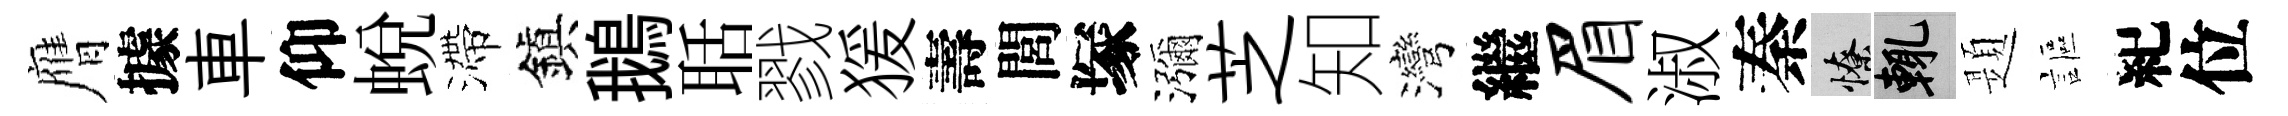
膺據車仰蛻滯鎭鵝聒戮猨壽閭塚瀰芝知灣繼眉淑秦憭輒題謳紀位